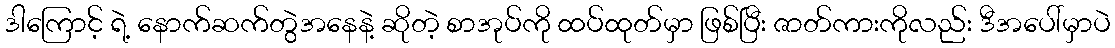
ဒါကြောင့် ရဲ့ နောက်ဆက်တွဲအနေနဲ့ ဆိုတဲ့ စာအုပ်ကို ထပ်ထုတ်မှာ ဖြစ်ပြီး ဇာတ်ကားကိုလည်း ဒီအပေါ်မှာပဲ